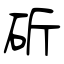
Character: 斫